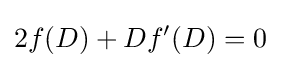
2f(D)+Df'(D)=0